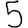
Digit: 5